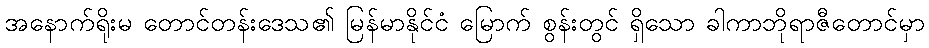
အနောက်ရိုးမ တောင်တန်းဒေသ၏ မြန်မာနိုင်ငံ မြောက် စွန်းတွင် ရှိသော ခါကာဘိုရာဇီတောင်မှာ